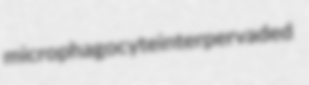
microphagocyte interpervaded